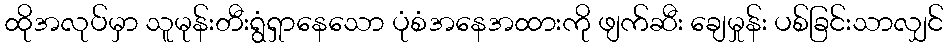
ထိုအလုပ်မှာ သူမုန်းတီးရွံရှာနေသော ပုံစံအနေအထားကို ဖျက်ဆီး ချေမှုန်း ပစ်ခြင်းသာလျှင်